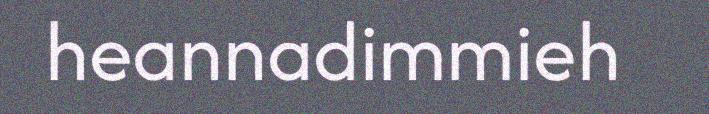
heannadimmieh